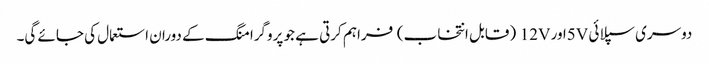
دوسری سپلائی 5Vاور 12V (قابل انتخاب) فراہم کرتی ہے جو پروگرامنگ کے دوران استعمال کی جائے گی۔